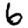
Digit: 6